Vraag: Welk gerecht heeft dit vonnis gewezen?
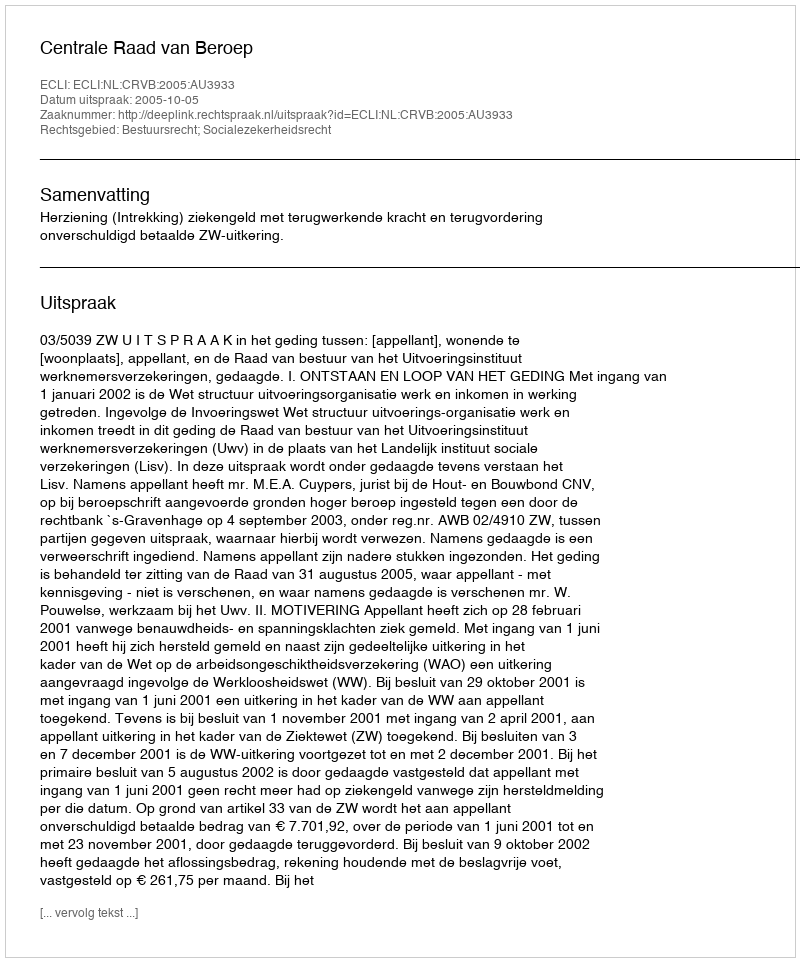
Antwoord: Centrale Raad van Beroep